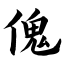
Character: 傀